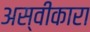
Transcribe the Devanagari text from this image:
अस्वीकारा